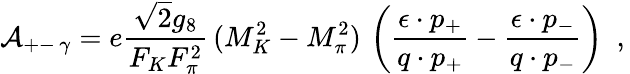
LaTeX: \left.{\cal A}_{+-\, \gamma}=e\frac{\sqrt{2}g_{8}}{F_{K}F_{\pi}^{2}}\, (M_{K}^{2}-M_{\pi}^{2})\, \left(\frac{\epsilon\cdot p_{+}}{q\cdot p_{+}}-\frac{\epsilon\cdot p_{-}}{q\cdot p_{-}}\right)\ \ ,\right.